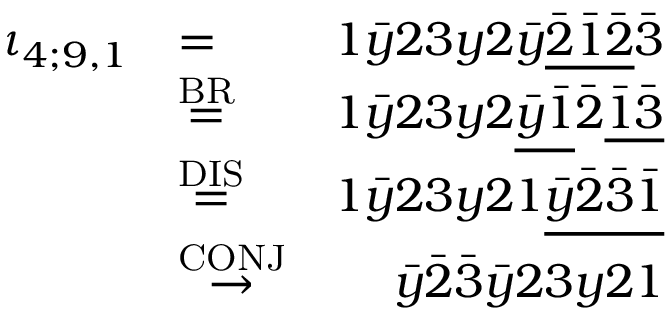
\begin{array} { r l r } { \iota _ { 4 ; 9 , 1 } } & { = } & { 1 \bar { y } 2 3 y 2 \bar { y } \underline { { \bar { 2 } \bar { 1 } \bar { 2 } } } \bar { 3 } } \\ & { \stackrel { \mathrm { B R } } { = } } & { 1 \bar { y } 2 3 y 2 \underline { { \bar { y } \bar { 1 } } } \bar { 2 } \underline { { \bar { 1 } \bar { 3 } } } } \\ & { \stackrel { \mathrm { D I S } } { = } } & { 1 \bar { y } 2 3 y 2 1 \underline { { \bar { y } \bar { 2 } \bar { 3 } \bar { 1 } } } } \\ & { \stackrel { \mathrm { C O N J } } { \to } } & { \bar { y } \bar { 2 } \bar { 3 } \bar { y } 2 3 y 2 1 } \end{array}